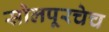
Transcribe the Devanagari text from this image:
सोलपूरचेच